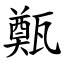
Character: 㽀